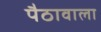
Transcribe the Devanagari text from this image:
पैठावाला